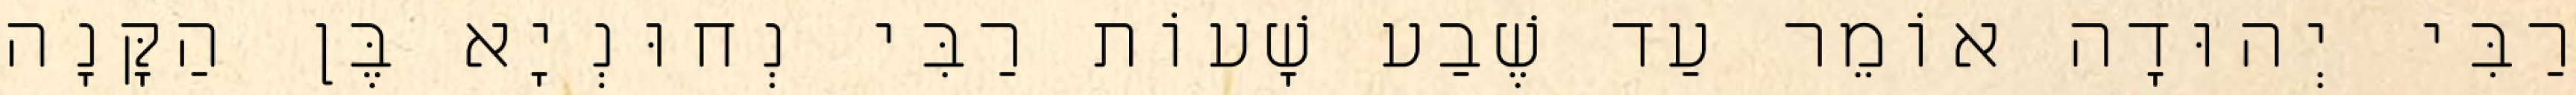
רַבִּי יְהוּדָה אוֹמֵר עַד שֶׁבַע שָׁעוֹת רַבִּי נְחוּנְיָא בֶּן הַקָּנָה